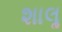
શાલૢ